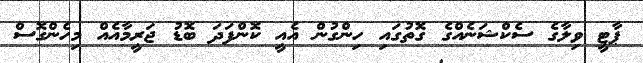
ޕާޓީ ވިލާގެ ސެކްޝަނެއްގެ ގޮތުގައި ހިންގުން އެއީ ކޮންފަދަ ބޮޑު ޖަރީމާއެއް މިހެންގޮސް